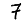
Digit: 7